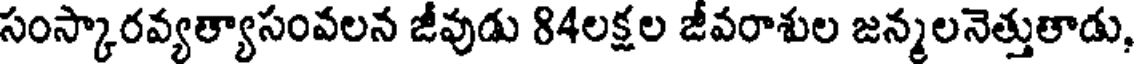
సంస్కారవ్యత్యాసంవలన జీవుడు 84లక్షల జీవరాశుల జన్మలనెత్తుతాడు,